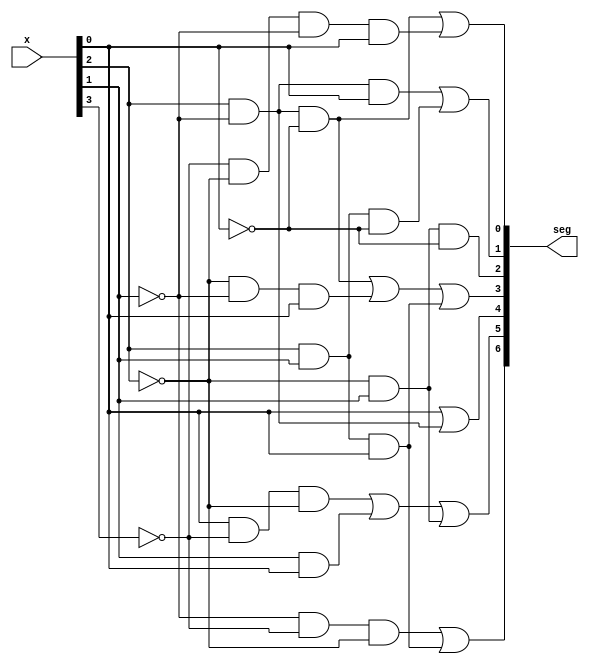
`timescale 1ns / 1ps
//////////////////////////////////////////////////////////////////////////////////
// Company: 
// Engineer: 
// 
// Design Name: 
// Module Name: BCDToLED
// Project Name: 
// Target Devices: 
// Tool Versions: 
// Description: 
// 
// Dependencies: 
// 
// Revision:
// Revision 0.01 - File Created
// Additional Comments:
// 
//////////////////////////////////////////////////////////////////////////////////


module BCDToLED(
    input [3:0] x,
    output [6:0] seg
    );
    
    assign seg[0]=x[2]&~x[1]&~x[0]|~x[3]&~x[2]&~x[1]&x[0];
    assign seg[1]=x[2]&~x[1]&x[0]|x[2]&x[1]&~x[0];
    assign seg[2]=~x[2]&x[1]&~x[0];
    assign seg[3]=x[2]&~x[1]&~x[0]|~x[2]&~x[1]&x[0]|x[2]&x[1]&x[0];
    assign seg[4]=x[0]|x[2]&~x[1];
    assign seg[5]=x[0]&~x[3]&~x[2]|x[1]&x[0]|~x[2]&x[1];
    assign seg[6]=~x[1]&~x[3]&~x[2]|x[2]&x[1]&x[0];
    
endmodule